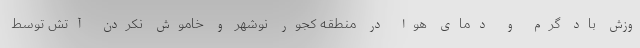
وزش باد گرم و دمای هوا در منطقه کجور نوشهر و خاموش نکردن آتش توسط